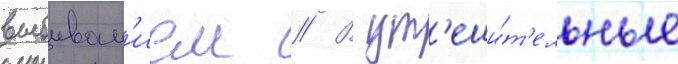
выбыван'ием // В ут'еши́т'ельные